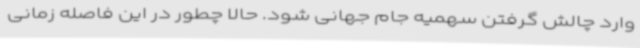
وارد چالش گرفتن سهمیه جام جهانی شود. حالا چطور در این فاصله زمانی